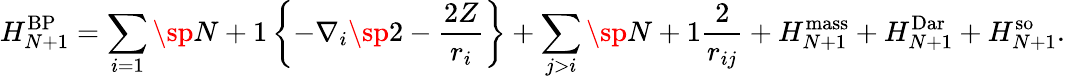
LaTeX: H_{N+1}^{\mathrm{BP}}=\sum_{i=1}\sp{N+1}\left\{ -\nabla_{i}\sp 2-\frac{2Z}{r_{i}}\right\} +\sum_{j>i}\sp{N+1}\frac{2}{r_{ij}}+H_{N+1}^{\mathrm{mass}}+H_{N+1}^{\mathrm{Dar}}+H_{N+1}^{\mathrm{so}}.